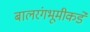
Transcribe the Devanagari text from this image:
बालरंगभूमीकडे